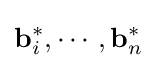
\mathbf {b} _{i}^{*},\cdots ,\mathbf {b} _{n}^{*}